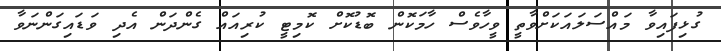
ގުޅިފައިވާ މައްސަލައަކަށްވާތީ ވީހާވެސް ހާމަކޮން ބޮޑުކޮށް ކޮމިޓީ ކުރިއައް ގެންދަން އެދި ވަޑައިގަންނަވާ